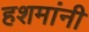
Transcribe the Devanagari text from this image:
हशमांनी